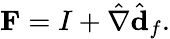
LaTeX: \mathbf{F}=I+\hat{\nabla}\hat{\mathbf{d}}_{f}.